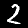
Label: 2